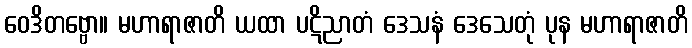
ဝေဒိတဗ္ဗော။ မဟာရာဇာတိ ယထာ ပဋိညာတံ ဒေသနံ ဒေသေတုံ ပုန မဟာရာဇာတိ